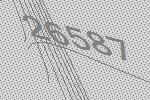
26587